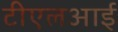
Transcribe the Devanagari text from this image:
टीएलआई